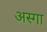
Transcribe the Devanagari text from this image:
अस्गा